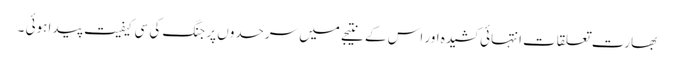
بھارت تعلقات انتہائی کشیدہ اور اس کے نتیجے میں سرحدوں پر جنگ کی سی کیفیت پیدا ہوئی ۔